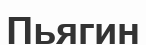
Пьягин